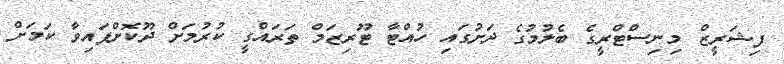
ފިޝަރީޒް މިނިސްޓްރީގެ ބެލުމުގެ ދަށުގައި ހުއްޓާ ޓޫރިޒަމް ތަރައްގީ ކުރުމަށް ދޫކޮށްފައިވާ ކަމަށް